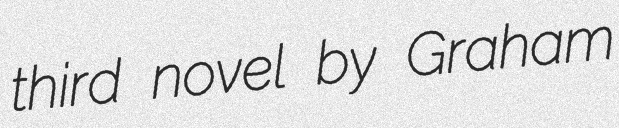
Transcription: third novel by Graham